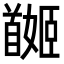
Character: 𩠯